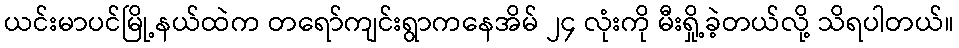
ယင်းမာပင်မြို့နယ်ထဲက တရော်ကျင်းရွာကနေအိမ် ၂၄ လုံးကို မီးရှို့ခဲ့တယ်လို့ သိရပါတယ်။